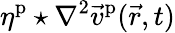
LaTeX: \eta^{\mathrm{p}}\star\nabla^{2}\vec{v}^{\mathrm{p}}(\vec{r},t)